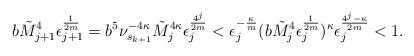
LaTeX: \begin{align*} b\tilde M_{j+1}^4\epsilon_{j+1}^{\frac{1}{2m}}=b^5\nu_{s_{k+1}}^{-4\kappa}\tilde M_j^{4\kappa}\epsilon_j^{\frac{4^j}{2m}}< \epsilon_j^{-\frac{\kappa}{m}}(b\tilde M_j^4\epsilon_j^{\frac{1}{2m}})^\kappa\epsilon_j^{\frac{4^j-\kappa}{2m}}<1. \end{align*}